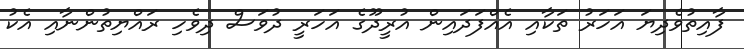
ފާއިތުވެދިޔަ އަހަރު ތަކާއި އެއްފަދައިން އުރީދޫގެ އަހަރީ ދުވަސް ދިވެހި ރައްޔިތުންނާއި އެކު